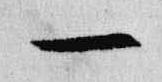
一